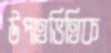
উপাত্তভিত্তিক